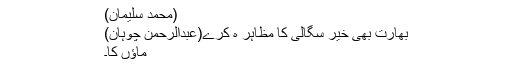
(محمد سلیمان)
بھارت بھی خیر سگالی کا مظاہر ہ کرے(عبدالرحمن چوہان)
ماﺅں کا۔